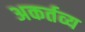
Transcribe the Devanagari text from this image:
अकर्तव्य